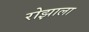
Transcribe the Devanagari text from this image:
रोझाला